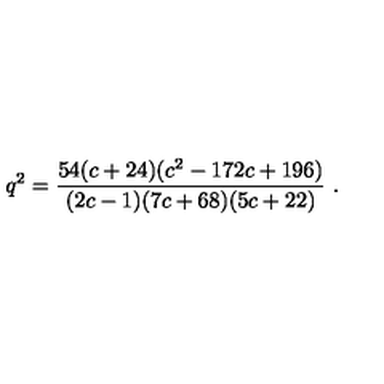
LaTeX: q ^ { 2 } = { \frac { 5 4 ( c + 2 4 ) ( c ^ { 2 } - 1 7 2 c + 1 9 6 ) } { ( 2 c - 1 ) ( 7 c + 6 8 ) ( 5 c + 2 2 ) } } \ .